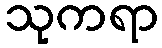
သုကရာ